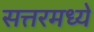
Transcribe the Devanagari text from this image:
सत्तरमध्ये